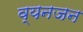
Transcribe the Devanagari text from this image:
व्यनजन